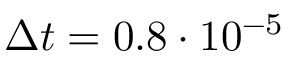
\Delta t = 0 . 8 \cdot 1 0 ^ { - 5 }